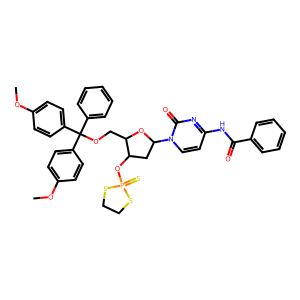
SMILES: COc1ccc(C(OCC2OC(n3ccc(NC(=O)c4ccccc4)nc3=O)CC2OP2(=S)SCCS2)(c2ccccc2)c2ccc(OC)cc2)cc1
Inhibits HIV replication: No